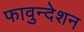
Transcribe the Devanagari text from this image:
फावुन्देशन